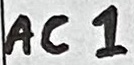
Text: AC1